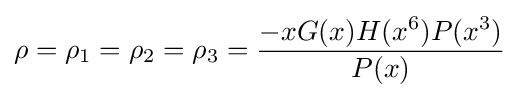
\rho =\rho _{1}=\rho _{2}=\rho _{3}={\frac {-xG(x)H(x^{6})P(x^{3})}{P(x)}}